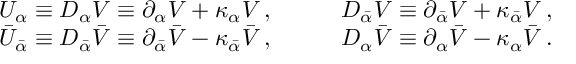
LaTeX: \begin{array} { l l } { { U _ { \alpha } \equiv { \cal D } _ { \alpha } V \equiv \partial _ { \alpha } V + \kappa _ { \alpha } V \, , \qquad } } & { { { \cal D } _ { \bar { \alpha } } V \equiv \partial _ { \bar { \alpha } } V + \kappa _ { \bar { \alpha } } V \, , } } \\ { { \bar { U } _ { \bar { \alpha } } \equiv { \cal D } _ { \bar { \alpha } } \bar { V } \equiv \partial _ { \bar { \alpha } } \bar { V } - \kappa _ { \bar { \alpha } } \bar { V } \, , \qquad } } & { { { \cal D } _ { \alpha } \bar { V } \equiv \partial _ { \alpha } \bar { V } - \kappa _ { \alpha } \bar { V } \, . } } \end{array}